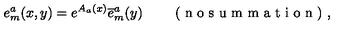
{ e _ { m } ^ { a } ( x , y ) = e ^ { A _ { a } ( x ) } \overline { { e } } _ { m } ^ { a } ( y ) \qquad \textrm { ( n o s u m m a t i o n ) , } }